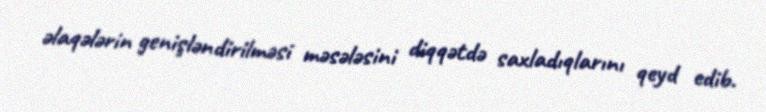
əlaqələrin genişləndirilməsi məsələsini diqqətdə saxladıqlarını qeyd edib.